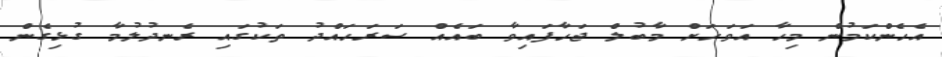
އެެހެންކަމުން މިހާ އަވަހަށް މާބުލް ޖަހާފައިވާ ބައެއް ސަރަހައްދު ތަކުގައި ރެނދުލުމާ ގުޅިގެން